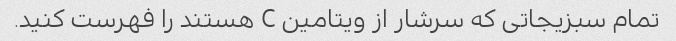
تمام سبزیجاتی که سرشار از ویتامین C هستند را فهرست کنید.